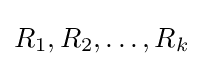
R_{1},R_{2},\ldots ,R_{k}